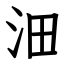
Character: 沺